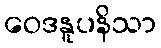
ဝေဒနူပနိသာ